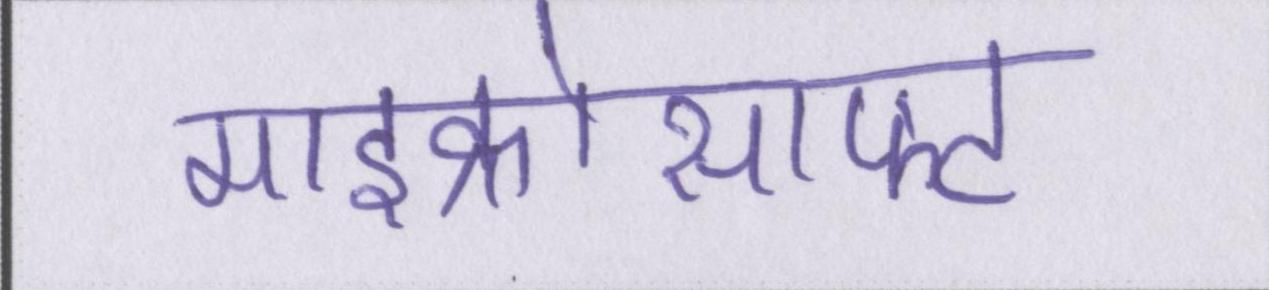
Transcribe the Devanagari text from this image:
माइक्रोसाफ्ट